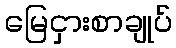
မြေငှားစာချုပ်